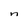
Character: n